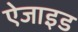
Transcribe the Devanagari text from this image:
ऐजाइड